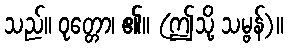
သည်။ ဝုတ္တော၊ ၏။ (ဤသို့ သမ္ဗန်)။